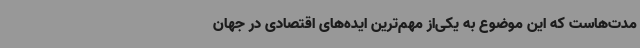
مدت‌هاست که این موضوع به یکی‌از مهم‌ترین ایده‌های اقتصادی در جهان